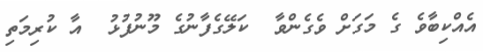
އެއްކިބާވެ ގެ މަގަށް ވެގެންވާ  ކަލޭގެފާނުގެ މޫނުފުޅު  އާ ކުރިމަތި